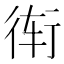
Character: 𲀝